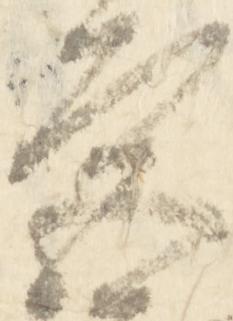
宮